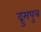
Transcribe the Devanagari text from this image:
द्रुमपुत्र